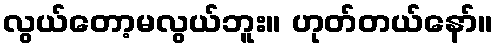
လွယ်တော့မလွယ်ဘူး။ ဟုတ်တယ်နော်။